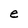
Character: e